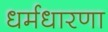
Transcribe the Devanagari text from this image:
धर्मधारणा